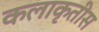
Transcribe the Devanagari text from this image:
कलाकृतीस